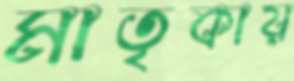
মাতৃকায়